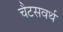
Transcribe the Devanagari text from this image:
चैटसवर्थ